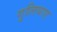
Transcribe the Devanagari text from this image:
गुलियाए